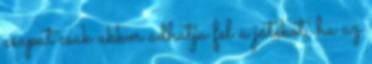
csapat csak akkor adhatja fel a játékot, ha az